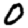
Digit: 0